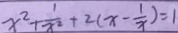
x ^ { 2 } + \frac { 1 } { x ^ { 2 } } + 2 ( x - \frac { 1 } { x } ) = 1